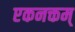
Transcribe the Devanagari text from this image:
एकनक्तम्